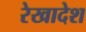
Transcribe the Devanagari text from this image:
रेखादेश